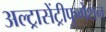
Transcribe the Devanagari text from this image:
अल्ट्रासेंट्रीफुगेशन